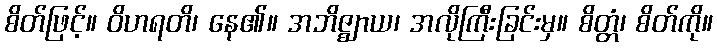
စိတ်ဖြင့်။ ဝိဟရတိ၊ နေ၏။ အဘိဇ္ဈာယ၊ အလိုကြီးခြင်းမှ။ စိတ္တံ၊ စိတ်ကို။